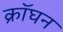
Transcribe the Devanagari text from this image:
क्रॉघन